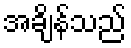
အချိန်သည်